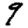
Digit: 9